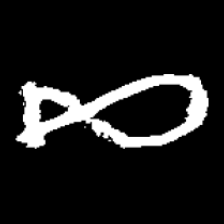
Pyu character \u2014 Myanmar letter: ဆ (romanized: cha)